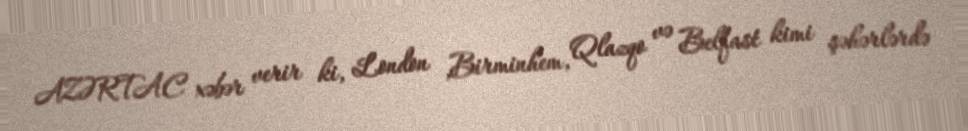
AZƏRTAC xəbər verir ki, London ,Birminhem, Qlazqo və Belfast kimi şəhərlərdə